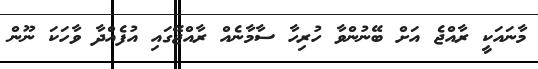
މާނައަކީ ރާއްޖެ އަށް ބޭނުންވާ ހުރިހާ ސާމާނެއް ރާއްޖޭގައި އުފެއްދާ ވާހަކަ ނޫން